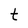
Character: t